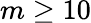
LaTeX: m\geq 10